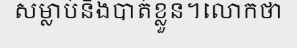
សម្លាប់និងបាត់ខ្លួន។លោកថា